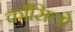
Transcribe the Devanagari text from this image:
काँसिलो